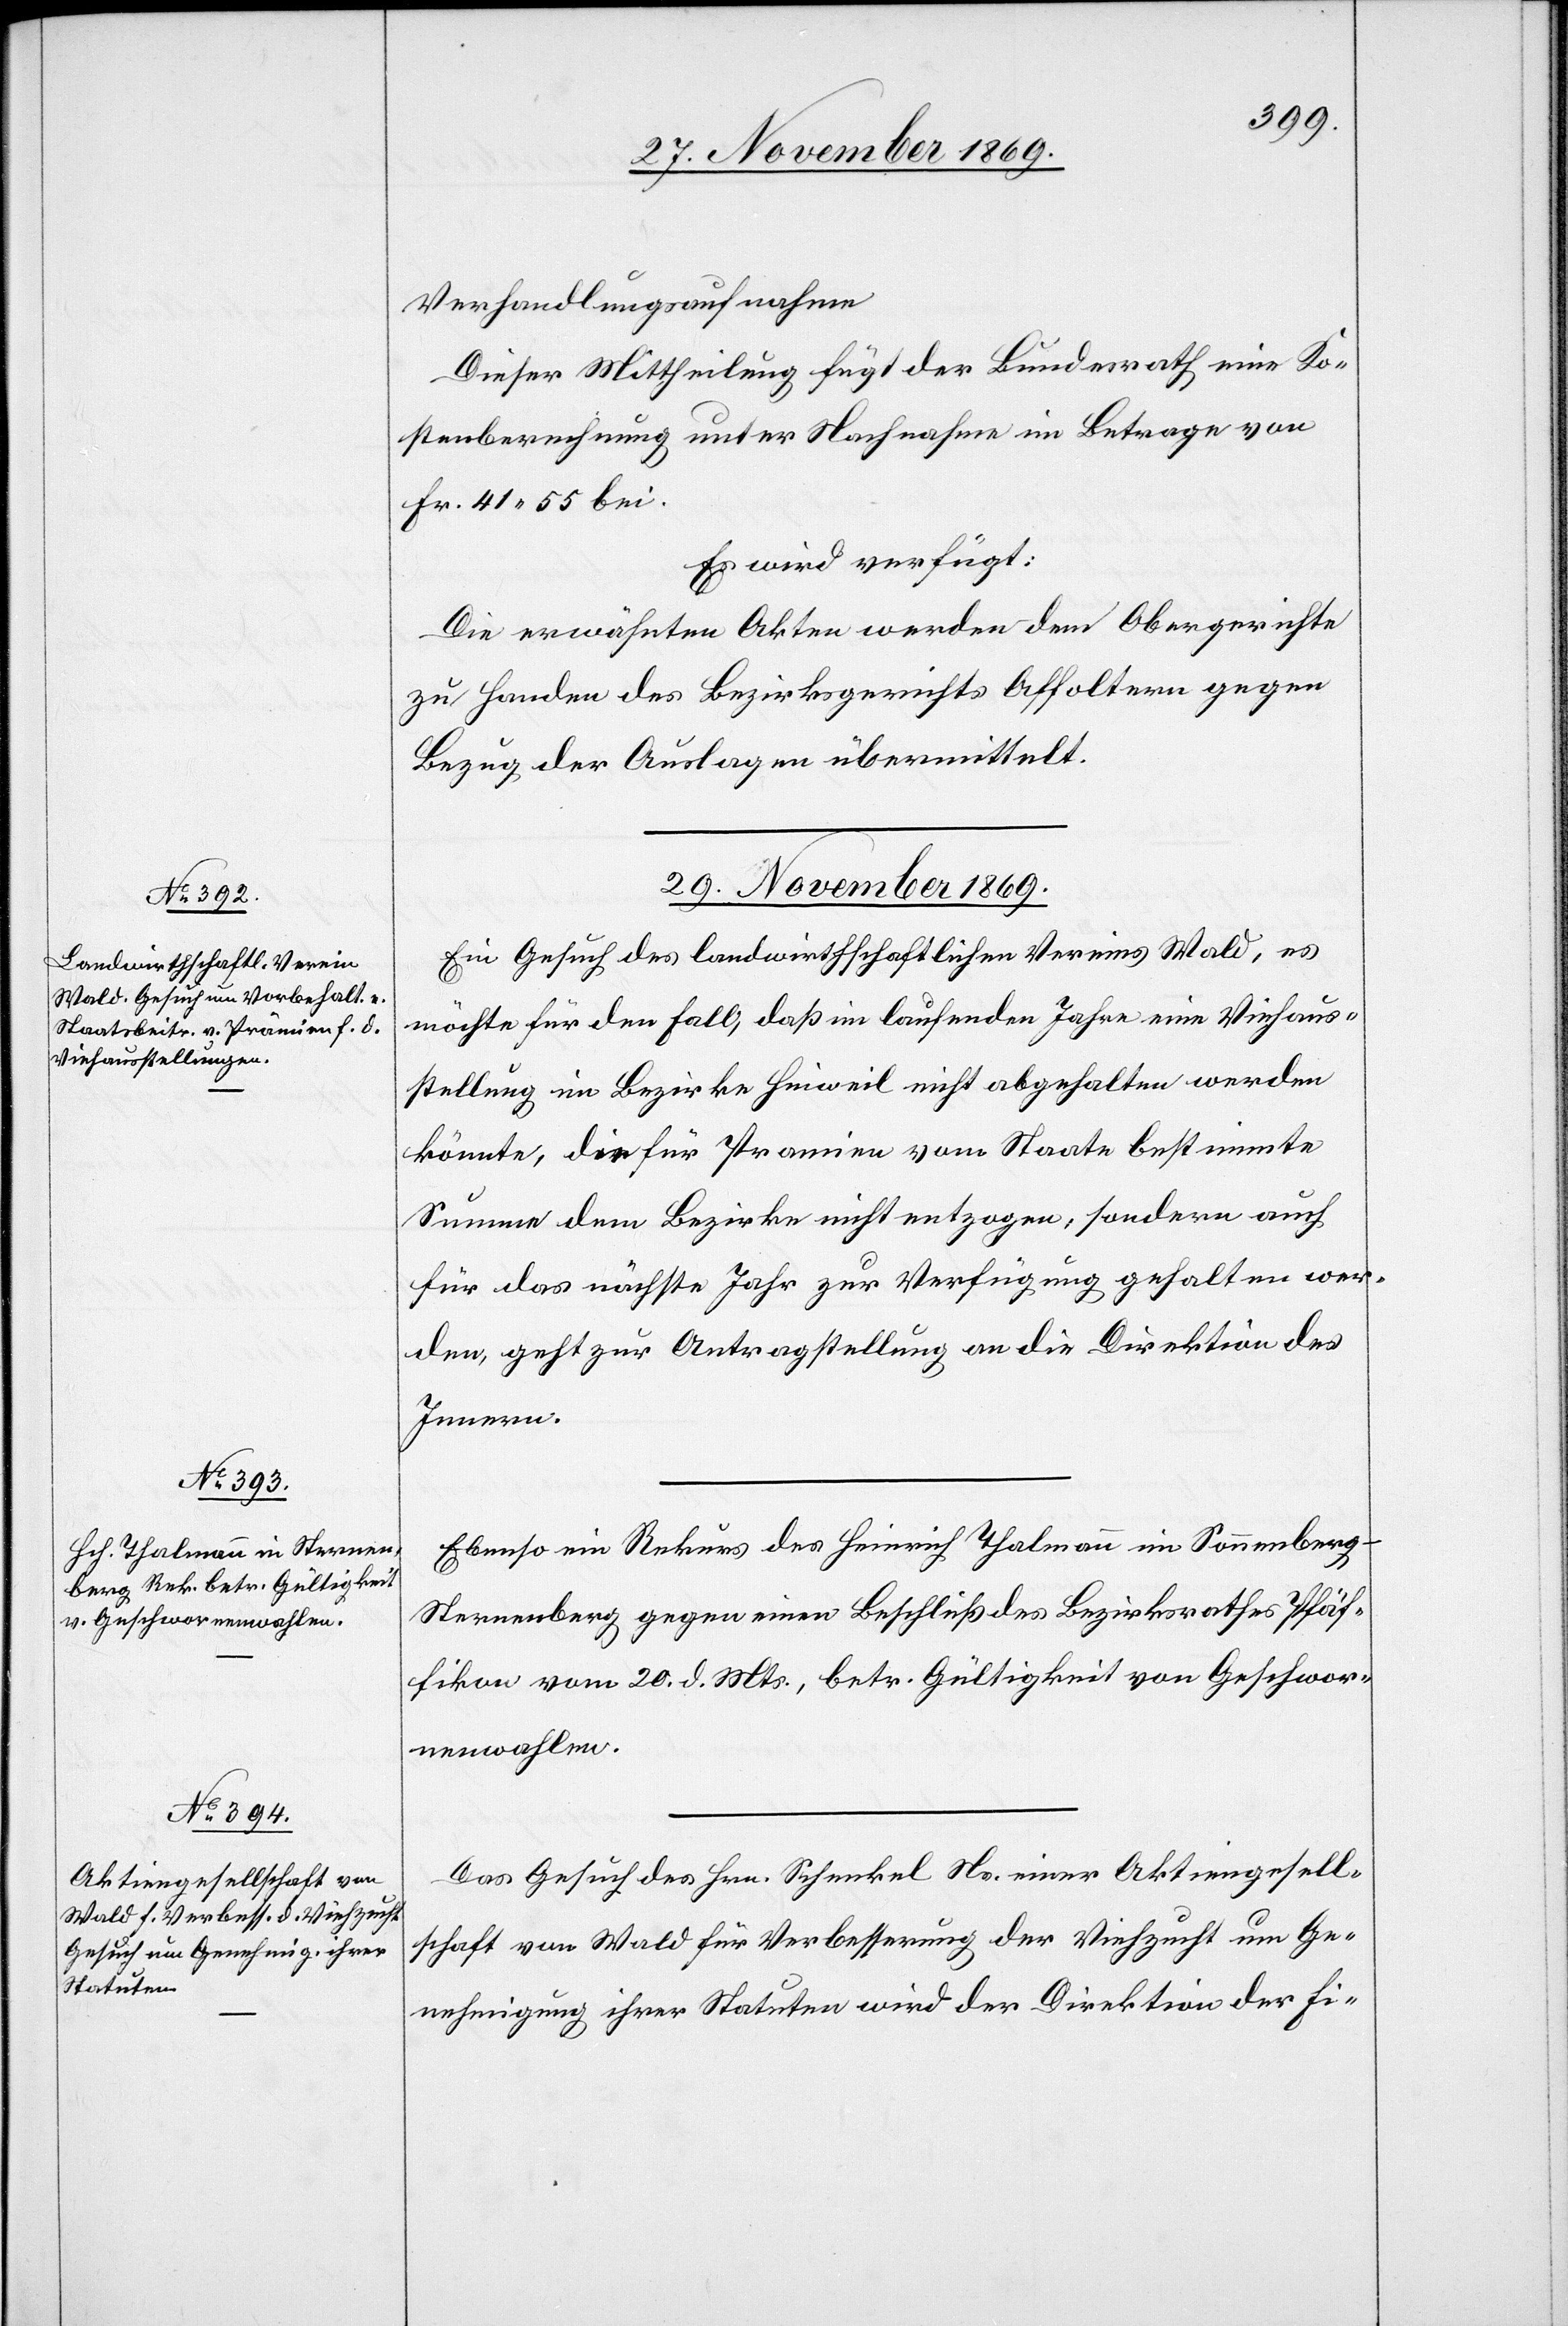
29. November 1869.]
Verhandlungsaufnahme
Dieser Mittheilung fügt der Bundesrath eine Ko¬
stenberechnung unter Nachnahme im Betrage von
Fr. 41.55 bei.
Es wird verfügt:
Die erwähnten Akten werden dem Obergerichte
zu Handen des Bezirksgerichts Affoltern gegen
Bezug der Auslagen übermittelt.
29. November 1869.
Ein Gesuch des landwirthschaftlichen Vereins Wald, es
möchte für den Fall, daß im laufenden Jahre eine Viehaus¬
stellung im Bezirke Hinweil nicht abgehalten werden
könnte, die für Pramien vom Staate bestimmte
Summe dem Bezirke nicht entzogen, sondern auch
für das nächste Jahr zur Verfügung gehalten wer¬
den, geht zur Antragstellung an die Direktion des
Innern.
Ebenso ein Rekurs des Heinrich Thalmann im Sonnenberg
Sternenberg gegen einen Beschluß des Bezirksrathes Pfäf¬
fikon vom 20. d. Mts., betr. Gültigkeit von Geschwor¬
nenwahlen.
Das Gesuch des Hrn. Schenkel Ns. einer Aktiengesell¬
schaft von Wald für Verbesserung der Viehzucht um Ge¬
nehmigung ihrer Statuten wird der Direktion der Fi-